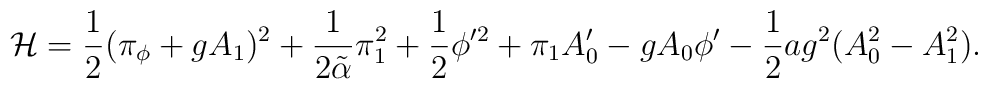
{\cal H} = {1\over 2}(\pi_\phi +gA_1)^2 + {1\over {2\tilde\alpha}}\pi_1^2 + {1\over 2}\phi'^2 + \pi_1A_0'-gA_0\phi' - {1\over 2}ag^2(A_0^2 - A_1^2).